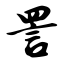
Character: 詈